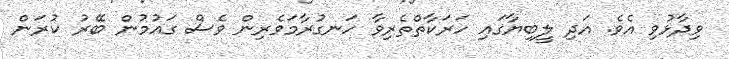
ވިދާޅުވި އެވެ. އަދި ލީބިޔާގައި ހަރަކާތްތެރިވާ ހަނގުރާމަވެރިން ވެސް ގައުމުން ބޭރު ކުރަން